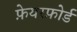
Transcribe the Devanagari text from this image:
फ़ेयरफ़ोर्ड